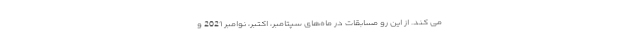
می کند. از این رو مسابقات در ماه‌های سپتامبر، اکتبر، نوامبر 2021 و